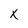
Character: x